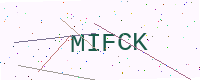
Text: MIFCK